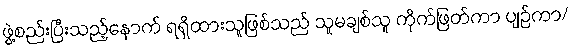
ဖွဲ့စည်းပြီးသည့်နောက် ရရှိထားသူဖြစ်သည် သူမချစ်သူ ကိုက်ဖြတ်ကာ ပျဉ်ကာ/